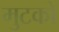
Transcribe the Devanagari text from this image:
मुटको